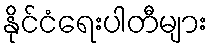
နိုင်ငံရေးပါတီများ